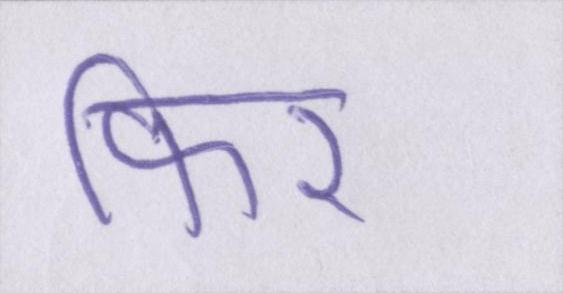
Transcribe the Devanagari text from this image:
फिर